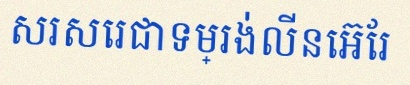
សរសេរជាទម្រង់លីនេអ៊ែរ